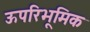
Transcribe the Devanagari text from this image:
ऊपरिभूमिक